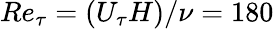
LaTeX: Re_{\tau}=\left(U_{\tau}H\right)/\nu=180